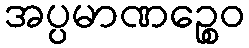
အပ္ပမာဏဉ္စေဝ